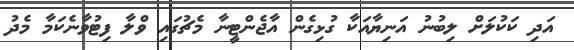
އަދި ކަކުލަށް ލިބުނު އަނިޔާއަކާ ގުޅިގެން އާޖެންޓީނާ މެޗުގައި ވްލާ ފިޓުވާނެކަމާ މެދު